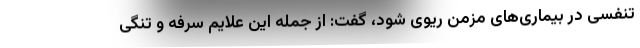
تنفسی در بیماری‌های مزمن ریوی شود، گفت: از جمله این علایم سرفه و تنگی